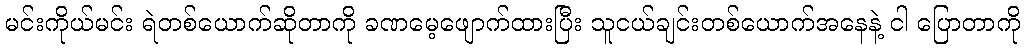
မင်းကိုယ်မင်း ရဲတစ်ယောက်ဆိုတာကို ခဏမေ့ဖျောက်ထားပြီး သူငယ်ချင်းတစ်ယောက်အနေနဲ့ ငါ ပြောတာကို